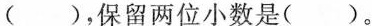
()，保留两位小数是()。